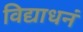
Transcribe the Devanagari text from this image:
विद्याधनं